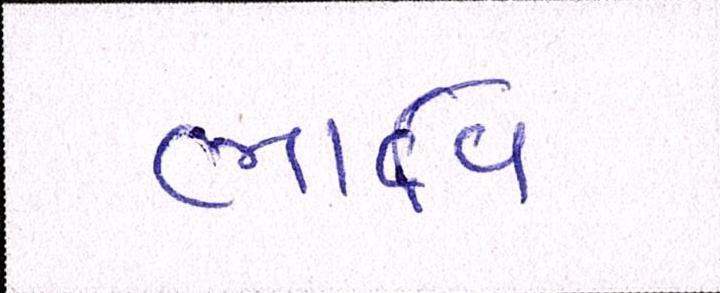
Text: ભાવિ